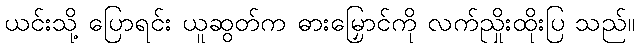
ယင်းသို့ ပြောရင်း ယူဆွတ်က ဓားမြှောင်ကို လက်ညှိုးထိုးပြ သည်။